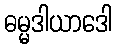
ဓမ္မဒါယာဒေါ